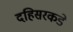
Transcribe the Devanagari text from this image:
दहिसरकडे